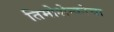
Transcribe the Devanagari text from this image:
तिमोशेन्कोचा